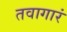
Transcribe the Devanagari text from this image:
तवागारं